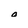
Character: o